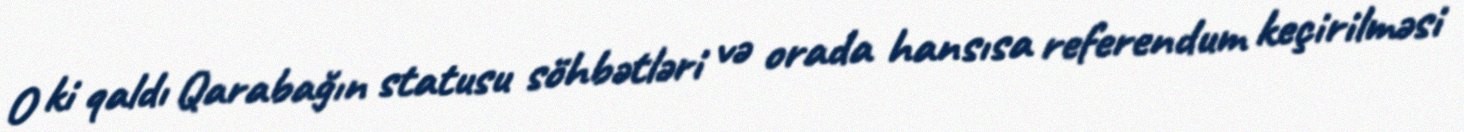
O ki qaldı Qarabağın statusu söhbətləri və orada hansısa referendum keçirilməsi